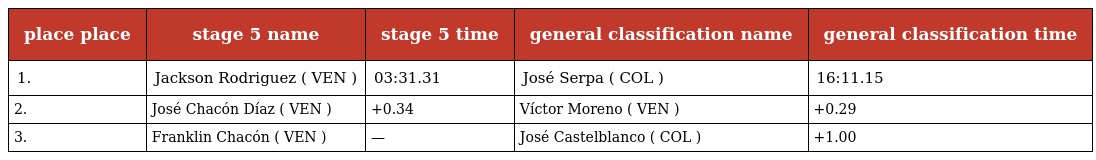
| place place | stage 5 name | stage 5 time | general classification name | general classification time |
 | --- | --- | --- | --- | --- |
 | 1. | Jackson Rodriguez ( VEN ) | 03:31.31 | José Serpa ( COL ) | 16:11.15 |
 | 2. | José Chacón Díaz ( VEN ) | +0.34 | Víctor Moreno ( VEN ) | +0.29 |
 | 3. | Franklin Chacón ( VEN ) | — | José Castelblanco ( COL ) | +1.00 |